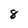
Character: 8